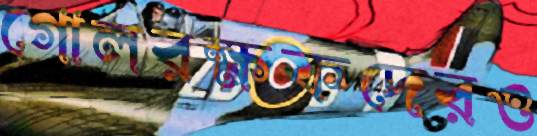
গোলরক্ষকদেরও